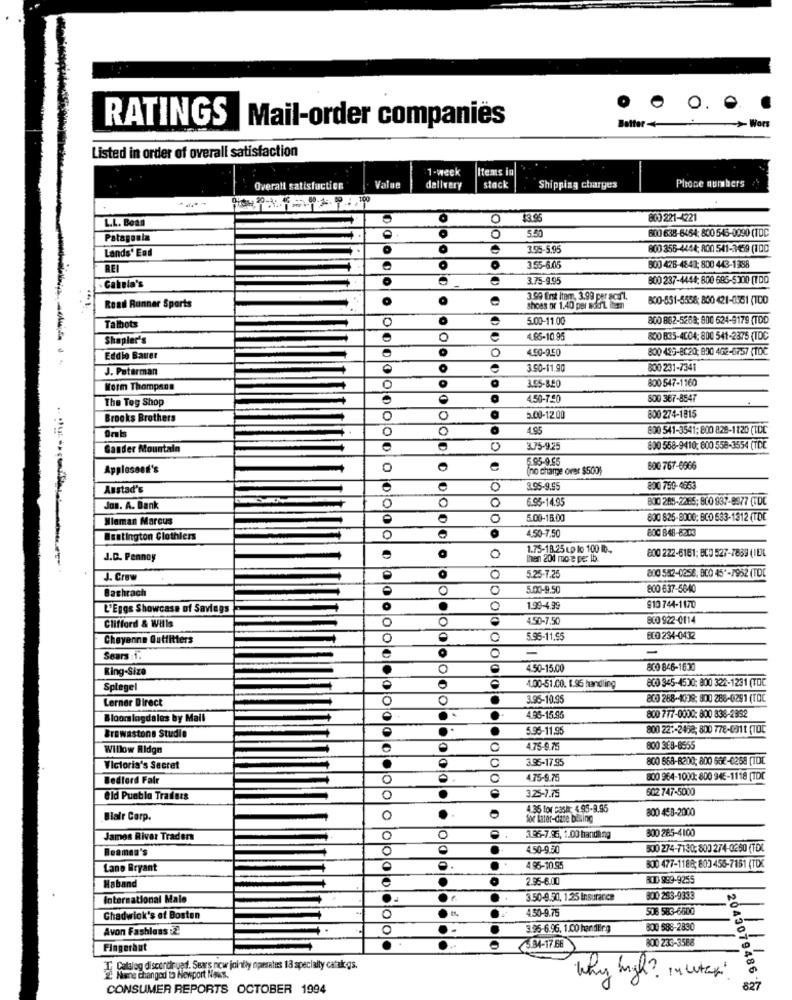
Batter
RATINGS
Mail-order companies
>Wors
Listed in order of overall satisfaction
1-week
Items in
Phone numbers
Overall satisfaction
Value
dallvery
stack
Shipping charges
L.L. Bean
0
$3.95
800 221-4221
600 638-6454; 800 545-0090 (TDC
Patagonia
5.50
Lands' End
3.95-5.95
800 356-4444; 800 541-3439 (100
3.55-6.05
600 428-4843; 800 443-1388
. Cabela's
e
3.75-9.95
800 237-4444: 800 685-5300 (100
Road Runner Sports
O
3.99 first item, 3.99 per scarl.
800-551-5558; 800 421-0351 (100
shoes or 1.40 per Mident.
5.00-11.00
800 882-5268; 800 624-9179 (TOD
Talbots
Shepler's
O
4.85-10.95
800 835-4004; 800 541-2375 (TDC
0
4.50-9.50
800 489-8220; 800 462-6757 (TOC
Eddie Bauer
J. Patarman
3.50-11.90
800 231-7341
3.55-850
800 547-1160
Worm Thompson
0
The Tog Shop
4.50-7.20
800 367-8547
Brooks Brothers
0
0
5.00-12.00
800 274-1815
. .
O
0
4.95
800 541-3541; 800 828-1120 (TDC
Gander Mountain
0
3.75-9.25
800 558-9410: 600 558-3554 (TDC
5.95-9.55
Applesand's
O
(no charge over $500;
600 767-6966
Austad's
0
3.95-9.95
800 750-4553
0
0
6.95-14.95
800 285-2465: 800 937-8377 (TDC
Jos. A. Bank
-
Mlaman Marcus
C
5.00-16.00
800 825-8000: BCO 533-1312 (TDC
800 848-8303
Bestington Clothiers
0
4,50-7,50
1.75-18.25 Lp lo 100 Ib .,
J.D. Pennoy
0
Ihen 201 more per lb.
800 222-6161; BCD 527-7889 (IE)L
O
5.25-7.25
J. Crew
O
800 542-0258: 800 45"-7952 (TDE
Bachrach
0
5.00-9.50
800 637-5840
L'Eggs Showcase of Savings
0
0
1.99-4.99
$10 744-1170
0
O
4.50-7.50
800 922-0114
Clifford & Wills
Cheyenne Outfitters
0
5.95-11.95
ECO 234-0432
-
Sears :1.
O
C
King-Size
0
4.50-15.00
800 846-1630
8CO 345-4530: 800 322-1231 (TOC
Spiegel
O
D
1.00-51.00. 1.96 handling
Lerner Direct
O
0
3.95-10.95
800 268-4039; 800 288-0291 (TOC
Bloomlagdales by Mail
..
4.95-15.95
800 777-0000: 800 838-2892
5.95-11.95
800 22 :- 2458; 800 778-0911 (10℃
Browastona Studie
Willow Ridge
C
4.75-9.75
800 388-8555
C
3.95-17.95
800 668-8200; 800 668-0268 [1DE
Victoria's Secret
Bedford Fair
0
4.75-9.75
800 964-1000: 800 946-1118 [TDE
.
602 747-5000
Bld Pueblo Traders
o
3.25-7.75
4.35 for cash € 95-9.95
800 458-2000
Blair Corp.
O
for later-dane billing
300 285-4100
James Rivar Traders
O
0
3.96-7.96, 1.00 handling
Beamen's
450-9.50
90 274-7130: 800 274-0250 (TDL
Lane Bryant
0
4.95-10.95
800 477-1188; 803 456-7181 (TOX
.
2.95-6.00
BOD 999-9255
Haband
International Male
3.50-9.50, 125 Insurance
300 253-9333
4.50-9.75
508 583-6500
Chadwick's of Boston
0
Avon Fashions 2
0
3.95-6.96. 1.00 handling
800 586-2830
0
800 233-3588
Fingerhut
534-17 68
Calalog discordiruad. Seas now jointly operates 13 specially catalogs.
Mune changed to Newport Noes.
Why high? In with "
CONSUMER REPORTS OCTOBER 1994
2043079486
827